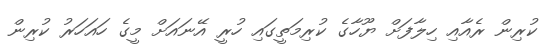
ކުރިން ރެއާއި ހިލާފަށް ޔޫހާގެ ކުރިމަތީގައި ހުރީ އޭނައަށް މީގެ ހައަހަރު ކުރިން